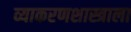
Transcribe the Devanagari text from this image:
व्याकरणशास्त्राला